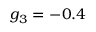
g _ { 3 } = - 0 . 4